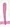
Text: 1